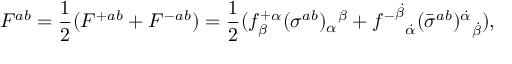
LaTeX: F ^ { a b } = { \frac { 1 } { 2 } } ( { F ^ { + } } { } ^ { a b } + { F ^ { - } } { } ^ { a b } ) = { \frac { 1 } { 2 } } ( { f _ { \beta } ^ { + } } { } ^ { \alpha } { ( \sigma ^ { a b } ) _ { \alpha } } { } ^ { \beta } + { { f ^ { - } } ^ { \dot { \beta } } } _ { \dot { \alpha } } { ( \bar { \sigma } ^ { a b } ) { } ^ { \dot { \alpha } } } _ { \dot { \beta } } ) ,